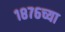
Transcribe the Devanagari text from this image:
१८७६च्या